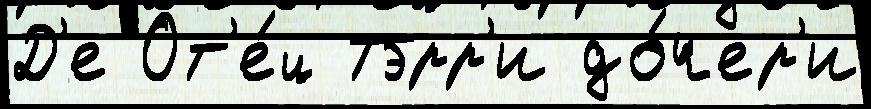
Д'е От'е́ц Тэрр'и до́чер'и